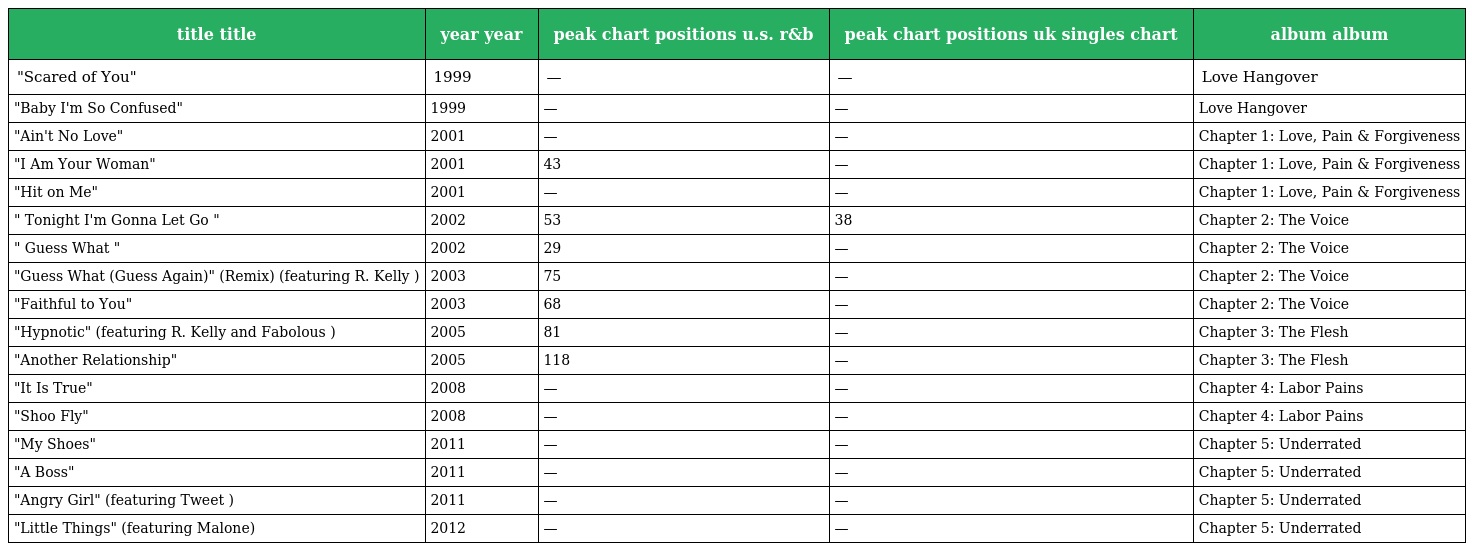
| title title | year year | peak chart positions u.s. r&b | peak chart positions uk singles chart | album album |
 | --- | --- | --- | --- | --- |
 | "Scared of You" | 1999 | — | — | Love Hangover |
 | "Baby I'm So Confused" | 1999 | — | — | Love Hangover |
 | "Ain't No Love" | 2001 | — | — | Chapter 1: Love, Pain & Forgiveness |
 | "I Am Your Woman" | 2001 | 43 | — | Chapter 1: Love, Pain & Forgiveness |
 | "Hit on Me" | 2001 | — | — | Chapter 1: Love, Pain & Forgiveness |
 | " Tonight I'm Gonna Let Go " | 2002 | 53 | 38 | Chapter 2: The Voice |
 | " Guess What " | 2002 | 29 | — | Chapter 2: The Voice |
 | "Guess What (Guess Again)" (Remix) (featuring R. Kelly ) | 2003 | 75 | — | Chapter 2: The Voice |
 | "Faithful to You" | 2003 | 68 | — | Chapter 2: The Voice |
 | "Hypnotic" (featuring R. Kelly and Fabolous ) | 2005 | 81 | — | Chapter 3: The Flesh |
 | "Another Relationship" | 2005 | 118 | — | Chapter 3: The Flesh |
 | "It Is True" | 2008 | — | — | Chapter 4: Labor Pains |
 | "Shoo Fly" | 2008 | — | — | Chapter 4: Labor Pains |
 | "My Shoes" | 2011 | — | — | Chapter 5: Underrated |
 | "A Boss" | 2011 | — | — | Chapter 5: Underrated |
 | "Angry Girl" (featuring Tweet ) | 2011 | — | — | Chapter 5: Underrated |
 | "Little Things" (featuring Malone) | 2012 | — | — | Chapter 5: Underrated |